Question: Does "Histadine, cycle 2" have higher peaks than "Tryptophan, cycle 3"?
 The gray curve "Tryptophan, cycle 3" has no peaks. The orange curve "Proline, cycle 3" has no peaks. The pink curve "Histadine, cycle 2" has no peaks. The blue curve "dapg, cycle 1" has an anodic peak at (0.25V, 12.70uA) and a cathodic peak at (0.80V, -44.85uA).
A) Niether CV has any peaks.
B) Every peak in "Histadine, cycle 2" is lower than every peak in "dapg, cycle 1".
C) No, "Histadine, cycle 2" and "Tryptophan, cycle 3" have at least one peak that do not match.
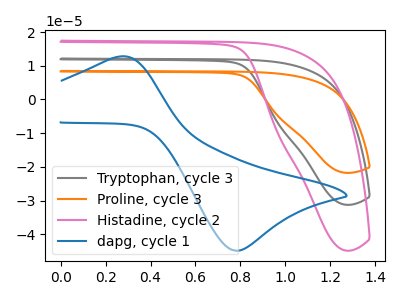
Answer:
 <answer>A) Niether CV has any peaks.</answer>
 <eval>A</eval>